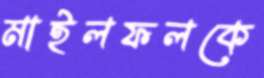
মাইলফলকে